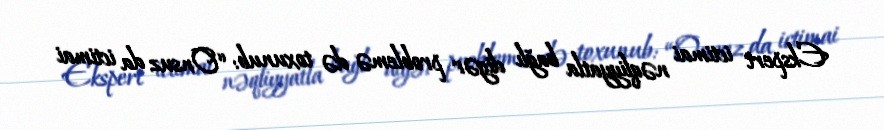
Ekspert ictimai nəqliyyatla bağlı digər problemə də toxunub: “Onsuz da ictimai